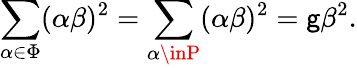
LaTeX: \sum_{\alpha\in\Phi}(\alpha\beta)^{2}=\sum_{\alpha\inP}(\alpha\beta)^{2}=\mathsf{g}\beta^{2}.